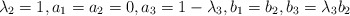
\begin{align*} \lambda_2=1, a_1=a_2=0, a_3=1-\lambda_3, b_1=b_2, b_3=\lambda_3b_2\end{align*}